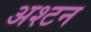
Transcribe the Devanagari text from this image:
अश्टन